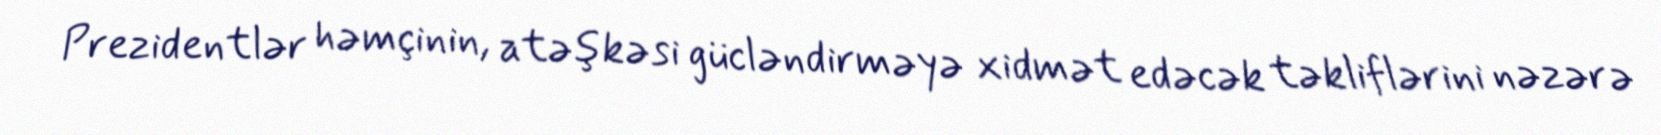
Prezidentlər həmçinin, atəşkəsi gücləndirməyə xidmət edəcək təkliflərini nəzərə